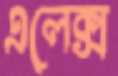
এলেক্স